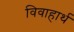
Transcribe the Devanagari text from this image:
विवाहार्थ